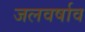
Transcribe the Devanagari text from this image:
जलवर्षाव